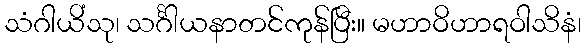
သံဂါယိံသု၊ သင်္ဂါယနာတင်ကုန်ပြီး။ မဟာဝိဟာရဝါသိနံ၊